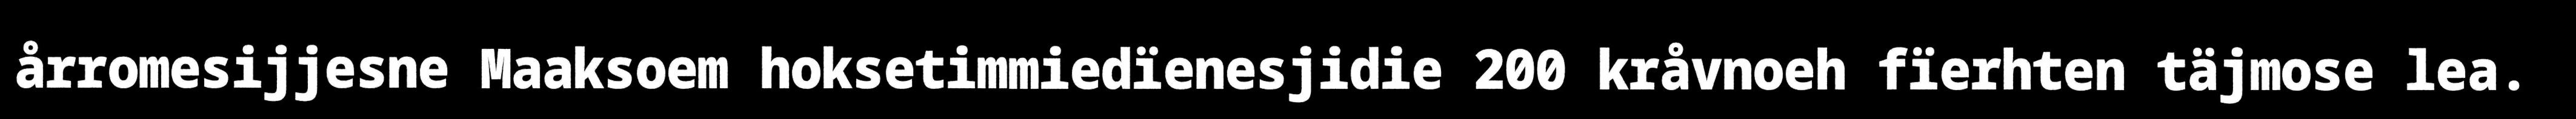
årromesijjesne Maaksoem hoksetimmiedïenesjidie 200 kråvnoeh fïerhten täjmose lea.